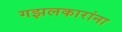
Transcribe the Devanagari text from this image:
गझलकारांना